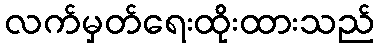
လက်မှတ်ရေးထိုးထားသည်